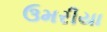
ઉમરીયા